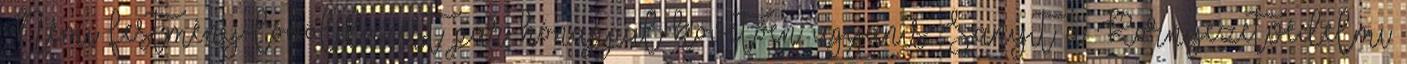
Némi festmény-lövöl­dö­zést pár hó­nappal követően ugyanis Sanyit a Környezetvédelmi